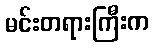
မင်းတရားကြီးက